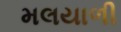
મલયાળી